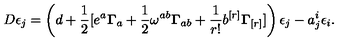
D \epsilon _ { j } = \left( d + \frac { 1 } { 2 } [ e ^ { a } { \bf \Gamma } _ { a } + \frac { 1 } { 2 } \omega ^ { a b } { \bf \Gamma } _ { a b } + \frac { 1 } { r ! } b ^ { [ r ] } { \bf \Gamma } _ { [ r ] } ] \right) \epsilon _ { j } - a _ { j } ^ { i } \epsilon _ { i } .